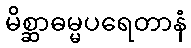
မိစ္ဆာဓမ္မပရေတာနံ